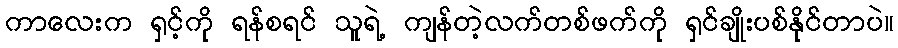
ကာလေးက ရှင့်ကို ရန်စရင် သူရဲ့ ကျန်တဲ့လက်တစ်ဖက်ကို ရှင်ချိုးပစ်နိုင်တာပဲ။